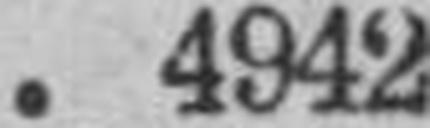
4942